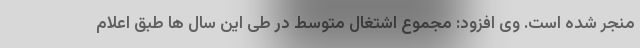
منجر شده است. وی افزود: مجموع اشتغال متوسط در طی این سال ها طبق اعلام